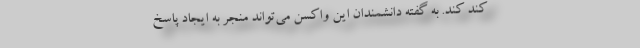
کُند کند. به گفته دانشمندان این واکسن می‌تواند منجر به ایجاد پاسخ